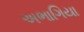
અભાગિયા